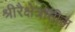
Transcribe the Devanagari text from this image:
श्रीरैक्षेत्रातील